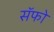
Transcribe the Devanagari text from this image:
सॅफो